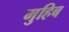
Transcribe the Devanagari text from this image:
मुहिब